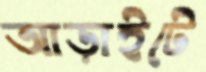
আড়াইটে